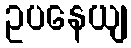
ဥပနေယျ